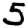
Digit: 5